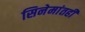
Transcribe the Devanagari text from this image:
सिनेमांतही